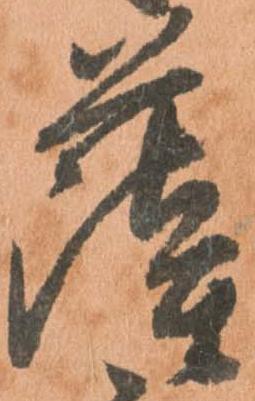
薩